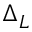
\Delta _ { L }